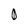
Character: 0